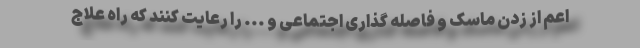
اعم از زدن ماسک و فاصله گذاری اجتماعی و ... را رعایت کنند که راه علاج